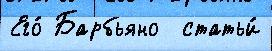
Его́ Барбьяно  статьи́